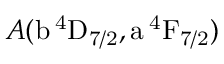
A ( \mathrm { b \, ^ { 4 } D _ { 7 / 2 } , a \, ^ { 4 } F _ { 7 / 2 } } )